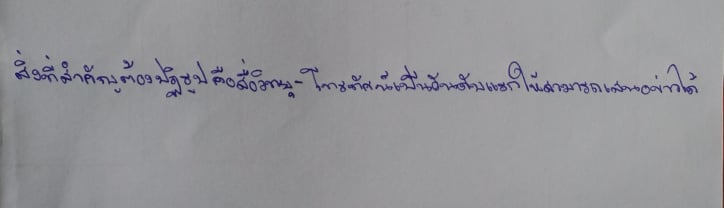
สิ่งสำคัญที่ต้องปฏิรูปคือสื่อวิทยุ-โทรทัศน์เป็นอันดับแรกให้สามารถเสนอข่าวได้